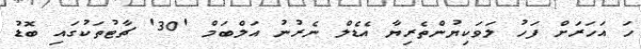
ހަ އަހަރަށް ފަހު ލަވަކިޔުންތެރިޔާ އެޑެލް ނެރުނު އަލްބަމް '30' ޗާޓުތަކުގައި ބޮޑު